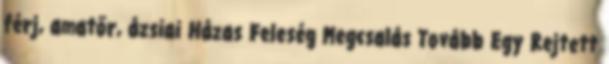
férj, amatőr, ázsiai Házas Feleség Megcsalás Tovább Egy Rejtett